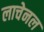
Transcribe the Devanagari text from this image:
लाचेनल